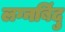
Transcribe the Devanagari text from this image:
लग्नबिंदु